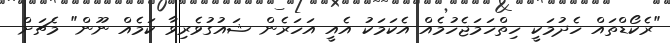
"ރެކޯޑްތައް ހެދުމަކީ ހިތްހަމަޖެހުމެއް އެކަމަކު އެއީ އަހަރެން ޝައުގުވެރިވާ ކަމެއް ނޫން" މެޗަށް